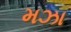
મઝા